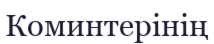
Коминтерінің